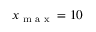
x _ { \textrm { m a x } } = 1 0